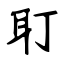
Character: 耵